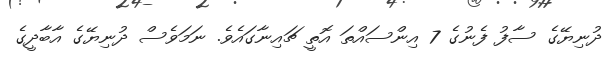
ދުނިޔޭގެ ސާފު ފެނުގެ 7 އިންސައްތަ އޮތީ ޗައިނާގައެވެ. ނަމަވެސް ދުނިޔޭގެ އާބާދީގެ